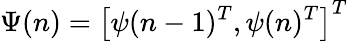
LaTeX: \Psi(n)=\left[\psi(n-1)^{T},\psi(n)^{T}\right]^{T}